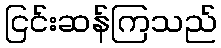
ငြင်းဆန်ကြသည်